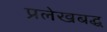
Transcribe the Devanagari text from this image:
प्रलेखबद्ध